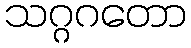
သဂ္ဂဂတော